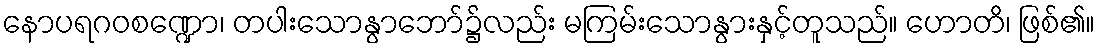
နောပရဂဝစဏ္ဍော၊ တပါးသောနွာဘော်၌လည်း မကြမ်းသောနွားနှင့်တူသည်။ ဟောတိ၊ ဖြစ်၏။